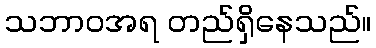
သဘာဝအရ တည်ရှိနေသည်။